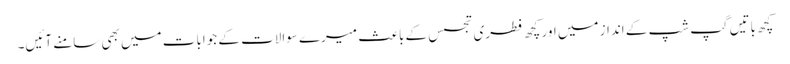
کچھ باتیں گپ شپ کے انداز میں اور کچھ فطری تجسس کے باعث میرے سوالات کے جوابات میں بھی سامنے آئیں۔